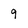
Character: 9